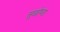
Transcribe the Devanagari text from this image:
सुखोष्ण